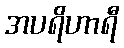
အပရိဟာရီ